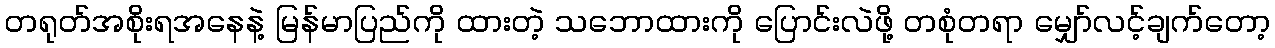
တရုတ်အစိုးရအနေနဲ့ မြန်မာပြည်ကို ထားတဲ့ သဘောထားကို ပြောင်းလဲဖို့ တစုံတရာ မျှော်လင့်ချက်တော့